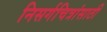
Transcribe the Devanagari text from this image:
निसर्गचित्रांसाठी